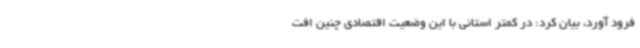
فرود آورد، بیان کرد: در کمتر استانی با این وضعیت اقتصادی چنین افت